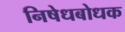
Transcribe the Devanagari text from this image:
निषेधबोधक